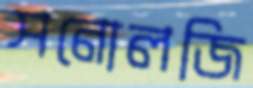
সনোলজি